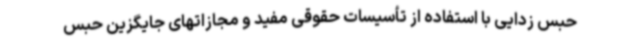
حبس زدایی با استفاده از تأسیسات حقوقی مفید و مجازاتهای جایگزین حبس